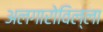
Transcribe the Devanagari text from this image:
अलगारोविल्ला